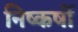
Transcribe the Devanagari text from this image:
निष्कर्षो